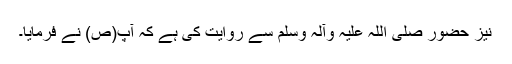
نیز حضور صلی اللہ علیہ وآلہ وسلم سے روایت کی ہے کہ آپ(ص) نے فرمایا۔